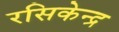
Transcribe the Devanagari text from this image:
रसिकेन्द्र